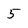
Character: 5